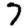
Digit: 7